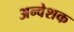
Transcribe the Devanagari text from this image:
अन्वेशक